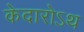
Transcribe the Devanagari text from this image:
केदारोऽथ